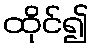
ထိုင်၍